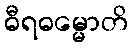
ဓီရဓမ္မောတိ